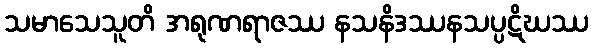
သမာသေသူတိ အရုဏရာဇဿ နသနိဒဿနသပ္ပဋိဃဿ